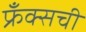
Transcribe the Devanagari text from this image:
फ्रँक्सची